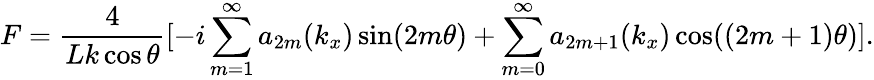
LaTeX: F=\frac{4}{Lk\cos\theta}[-i\sum_{m=1}^{\infty}a_{2m}(k_{x})\sin(2m\theta)+\sum_{m=0}^{\infty}a_{2m+1}(k_{x})\cos((2m+1)\theta)].